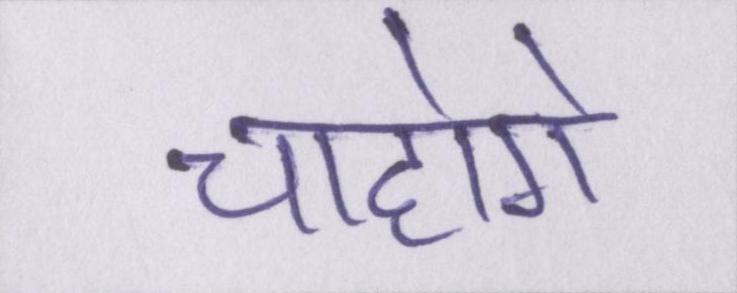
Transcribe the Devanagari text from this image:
चाहोगे